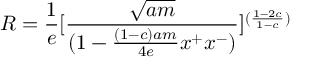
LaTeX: R = { \frac { 1 } { e } } [ { \frac { \sqrt { a m } } { ( 1 - { \frac { ( 1 - c ) a m } { 4 e } } x ^ { + } x ^ { - } ) } } ] ^ { ( { \frac { 1 - 2 c } { 1 - c } } ) }